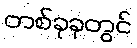
တစ်ခုခုတွင်